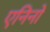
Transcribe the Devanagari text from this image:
एनिनो